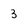
Character: 3